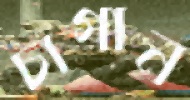
চাগান